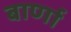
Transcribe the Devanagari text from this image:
बार्णा